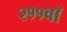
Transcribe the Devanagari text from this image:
२११वॉ